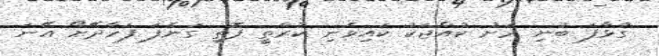
ގުޅާފަ ބުނި ރަށު ކުއްޖަކު ކައިވެނި ކުރާތީ ފޮތި ގަނެފަ ފަހާދޭށޯ އޭނަ